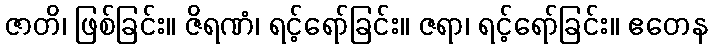
ဇာတိ၊ ဖြစ်ခြင်း။ ဇိရဏံ၊ ရင့်ရော်ခြင်း။ ဇရာ၊ ရင့်ရော်ခြင်း။ ဧတေန